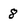
Character: 8